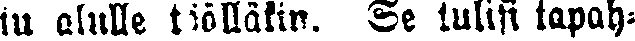
tu alulle täälläkin. Se tulisi tapah-